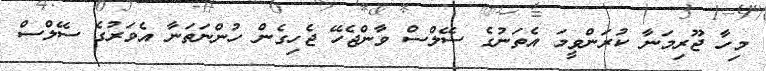
މިހާ ޖޫރިމަނާ ކުރަންވީމަ އެތަނުގެ ސޭލްސް ވާންޖެހޭ ޖެހިގެން ހުންނަތަނާ އެވަރުގެ ސޭލްސް